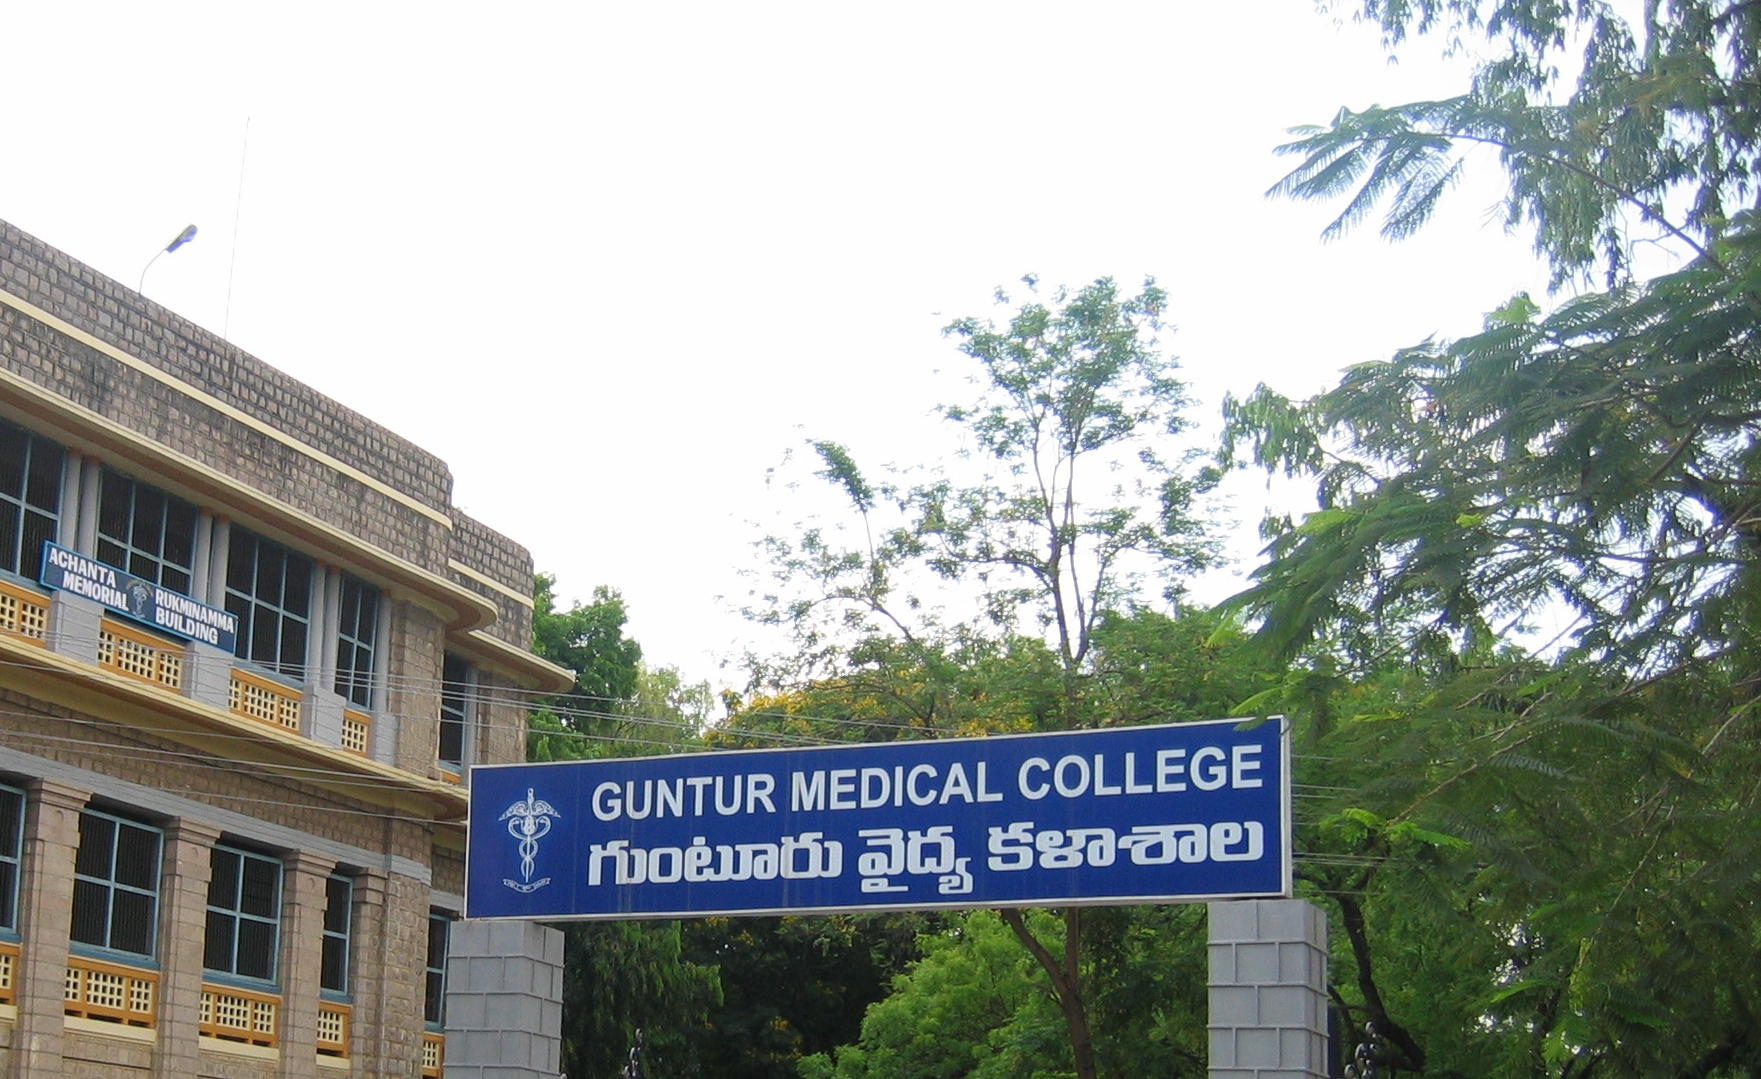
Language: telugu
Transcription: గుంటూరు వైద్య కళాశాల